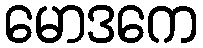
မောဒကေ